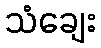
သံချေး